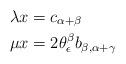
LaTeX: \begin{align*}\lambda x &= c_{\alpha+\beta} \\\mu x &= 2\theta^\beta_\epsilon b_{\beta, \alpha+\gamma}\end{align*}